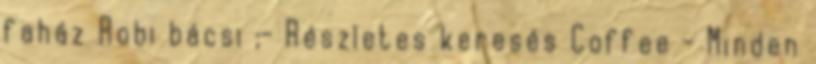
faház Robi bácsi ;- Részletes keresés Coffee - Minden